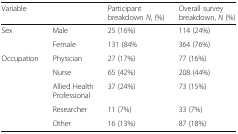
<table><thead><tr><td colspan="2"><b>Variable</b></td><td><b>Participant breakdown <i>N</i>, (%)</b></td><td><b>Overall survey breakdown, <i>N</i> (%)</b></td></tr></thead><tbody><tr><td rowspan="2">Sex</td><td>Male</td><td>25 (16%)</td><td>114 (24%)</td></tr><tr><td>Female</td><td>131 (84%</td><td>364 (76%)</td></tr><tr><td rowspan="5">Occupation</td><td>Physician</td><td>27 (17%)</td><td>77 (16%)</td></tr><tr><td>Nurse</td><td>65 (42%)</td><td>208 (44%)</td></tr><tr><td>Allied Health Professional</td><td>37 (24%)</td><td>73 (15%)</td></tr><tr><td>Researcher</td><td>11 (7%)</td><td>33 (7%)</td></tr><tr><td>Other</td><td>16 (13%)</td><td>87 (18%)</td></tr></tbody></table>